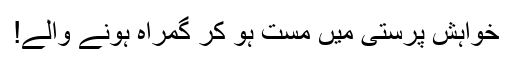
خواہش پرستی میں مست ہو کر گمراہ ہونے والے!